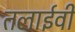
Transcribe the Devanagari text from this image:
तलाईवी